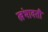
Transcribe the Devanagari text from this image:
खंभावती